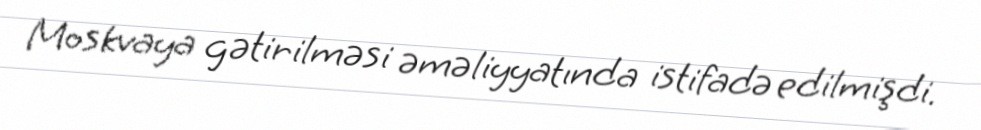
Moskvaya gətirilməsi əməliyyatında istifadə edilmişdi.